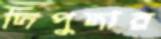
দিপুদার